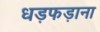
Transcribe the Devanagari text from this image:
धड़फड़ाना